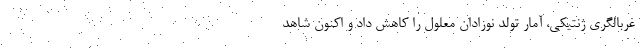
غربالگری ژنتیکی، آمار تولد نوزادان معلول را کاهش داد و اکنون شاهد